Indian Civil Veterinary Department memoirs
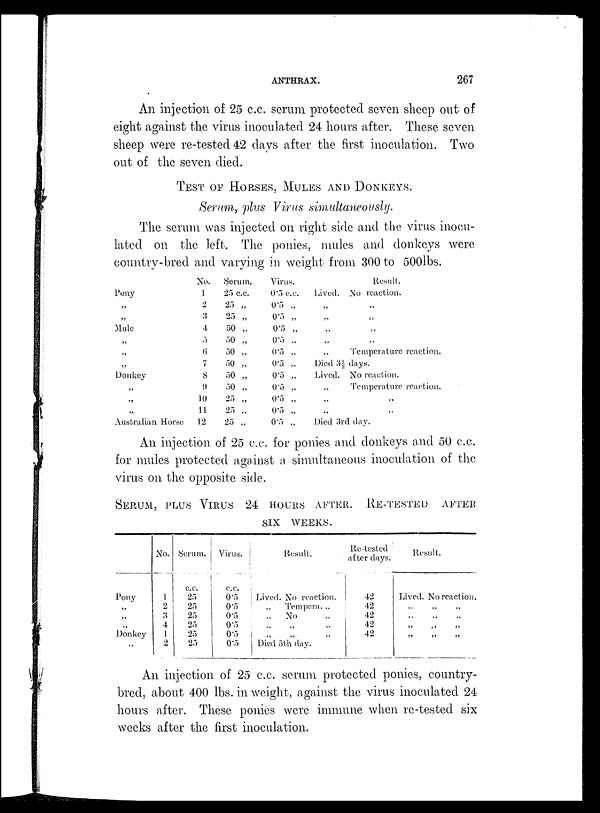
ANTHRAX.
267
An injection of 25 c.c. scrum protected seven sheep out of
eight against the virus inoculated 24 hours after. These seven
sheep were re-tested 42 days after the first inoculation. Two
out of the seven died.
TEST OF HORSES, MULES AND DONKEYS.
Serum, plus Virus simultaneously.
The serum was injected on right side and the virus inocu-
lated on the left. The ponies, mules and donkeys were
country-bred and varying in weight from 300 to 500lbs.
Pony
„
„
Mule
„
„
„
Donkey
„
„
„
Australian Horse
No.
1
2
3
4
5
6
7
8
9
10
11
12
Serum.
25 c.c.
25 „
25 „
50 „
50 „
50 „
50 „
50 „
50 „
25 „
25 „
25 „
Virus.
0.5 c.c.
0.5 „
0.5 „
0.5 „
0.5 „
0.5 „
0.5 „
0.5 „
0.5 „
0.5 „
0.5 „
0.5 „
Lived.
„
„
„
„
„
Died 3½
Lived.
„
„
„
Result.
No reaction.
„
„
„
„
Temperature reaction.
days.
No reaction.
Temperature reaction.
„
„
Died 3rd day.
An injection of 25 c.c. for ponies and donkeys and 50 c.c.
for mules protected against a simultaneous inoculation of the
virus on the opposite side.
SEPRUM, PLUS VIRUS 24 HOURS AFTER. RE-TESTED AFTE
SIX WEEKS.
Pony
„
„
„
Donkey
„
No.
1
2
3
4
1
2
Serum.
c.c.
25
25
25
25
25
25
Virus.
c.c.
0.5
0.5
0.5
0.5
0.5
0.5
Result.
Lived. No reaction.
„ Tempera. „
„
No „
„ „ „
„ „ „
Died 5th day.
Re-tested
after days.
42
42
42
42
42
Result.
Lived. No reaction.
„ „ „
„ „ „
„ „ „ „
„ „ „ „
An injection of 25 c.c. serum protected ponies, country-
bred, about 400 lbs. in weight, against the virus inoculated 24
hours after. These ponies were immune when re-tested six
weeks after the first inoculation.